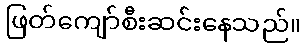
ဖြတ်ကျော်စီးဆင်းနေသည်။